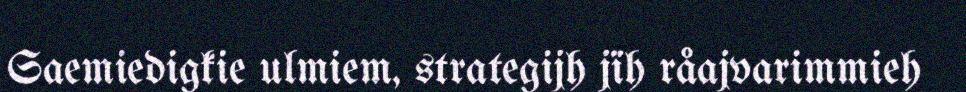
Saemiedigkie ulmiem, strategijh jïh råajvarimmieh